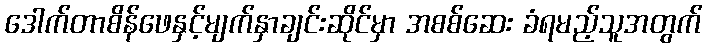
ဒေါက်တာစိန်ဖေနှင့်မျက်နှာချင်းဆိုင်မှာ အစစ်ဆေး ခံရမည့်သူအတွက်